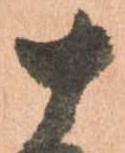
十